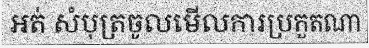
អត់ សំបុត្រចូលមើលការប្រកួតណា